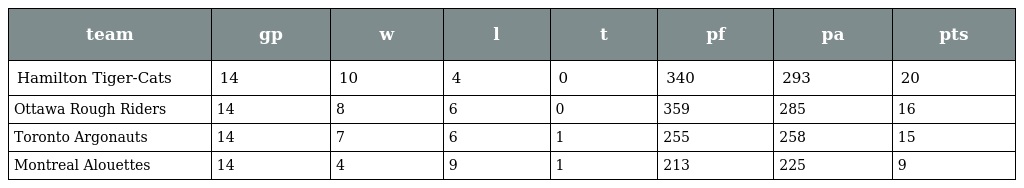
| team | gp | w | l | t | pf | pa | pts |
 | --- | --- | --- | --- | --- | --- | --- | --- |
 | Hamilton Tiger-Cats | 14 | 10 | 4 | 0 | 340 | 293 | 20 |
 | Ottawa Rough Riders | 14 | 8 | 6 | 0 | 359 | 285 | 16 |
 | Toronto Argonauts | 14 | 7 | 6 | 1 | 255 | 258 | 15 |
 | Montreal Alouettes | 14 | 4 | 9 | 1 | 213 | 225 | 9 |